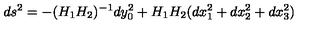
d s ^ { 2 } = - ( H _ { 1 } H _ { 2 } ) ^ { - 1 } d y _ { 0 } ^ { 2 } + H _ { 1 } H _ { 2 } ( d x _ { 1 } ^ { 2 } + d x _ { 2 } ^ { 2 } + d x _ { 3 } ^ { 2 } )